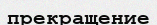
прекращение